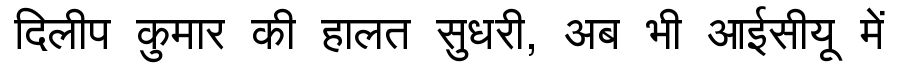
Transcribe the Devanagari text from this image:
दिलीप कुमार की हालत सुधरी, अब भी आईसीयू में